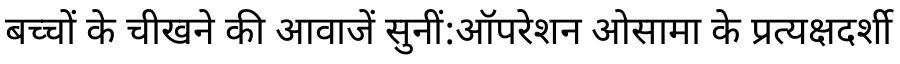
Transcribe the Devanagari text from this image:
बच्चों के चीखने की आवाजें सुनीं:ऑपरेशन ओसामा के प्रत्यक्षदर्शी